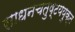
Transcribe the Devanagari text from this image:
साधनचतुष्टययुक्त